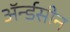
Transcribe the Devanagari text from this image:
ॲर्न्डसीन